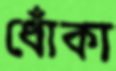
ধোঁকা